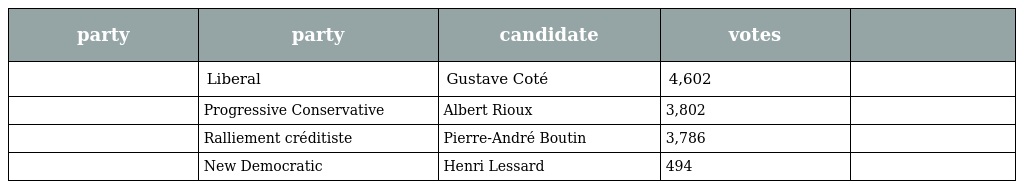
| party | party | candidate | votes |  |
 | --- | --- | --- | --- | --- |
 |  | Liberal | Gustave Coté | 4,602 |  |
 |  | Progressive Conservative | Albert Rioux | 3,802 |  |
 |  | Ralliement créditiste | Pierre-André Boutin | 3,786 |  |
 |  | New Democratic | Henri Lessard | 494 |  |